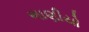
ભાણીયો